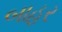
બાહર